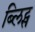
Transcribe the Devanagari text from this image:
ब्लिट्स